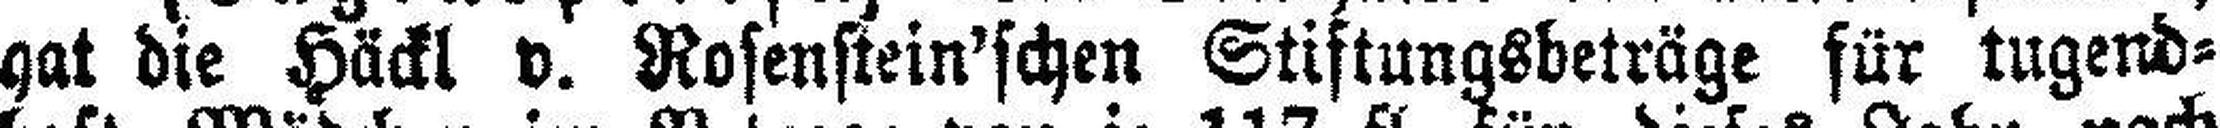
hat die Häckl v. Rosenstein'schen Stiftungsbeträge für tugend¬